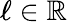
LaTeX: \ell\in\mathbb{R}